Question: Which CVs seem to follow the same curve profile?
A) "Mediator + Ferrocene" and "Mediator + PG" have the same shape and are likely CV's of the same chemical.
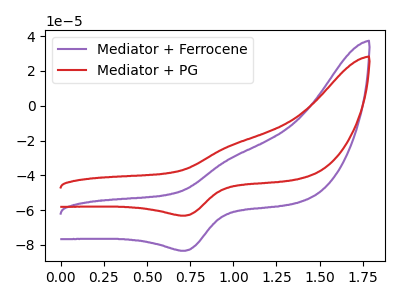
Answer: <think>The purple curve "Mediator + Ferrocene" has an anodic peak at (1.00V, -29.75uA) and a cathodic peak at (0.70V, -83.40uA). The red curve "Mediator + PG" has an anodic peak at (1.00V, -22.55uA) and a cathodic peak at (0.70V, -63.20uA).
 All the peaks in "Mediator + Ferrocene" have a peak in "Mediator + PG" at the same potential.</think>
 <answer>A) "Mediator + Ferrocene" and "Mediator + PG" have the same shape and are likely CV's of the same chemical.</answer>
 <eval>A</eval>